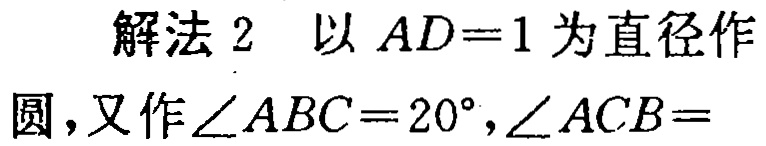
解法 2 以 \(AD = 1\) 为直径作圆，又作\(\angle ABC = 20^{\circ},\angle ACB =\)